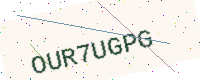
Text: OUR7UGPG